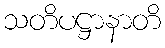
သတိပဋ္ဌာနာတိ